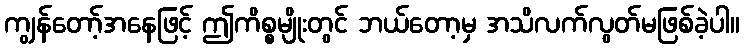
ကျွန်တော့်အနေဖြင့် ဤကိစ္စမျိုးတွင် ဘယ်တော့မှ အသိလက်လွတ်မဖြစ်ခဲ့ပါ။